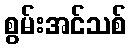
စွမ်းအင်သစ်